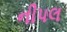
નીપલ